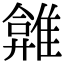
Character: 𩀂